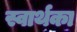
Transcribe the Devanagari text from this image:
स्वार्थका